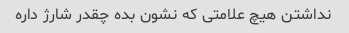
نداشتن هیچ علامتی که نشون بده چقدر شارژ داره